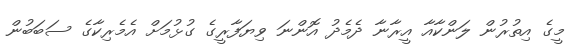
މީގެ އިތުރުން ލަންކާއާ އީރާނާ ދެމެދު އޮންނަ ވިޔަފާރީގެ ގުޅުމަށް އެމެރިކާގެ ސަބަބުން